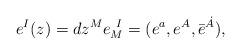
LaTeX: \begin{align*}e^I(z)=dz^Me_M^{~I}=(e^a,e^A,\bar e^{\dot A}),\end{align*}